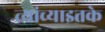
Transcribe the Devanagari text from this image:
त्यांच्याइतके